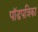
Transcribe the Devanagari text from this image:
पॉडपत्रिका